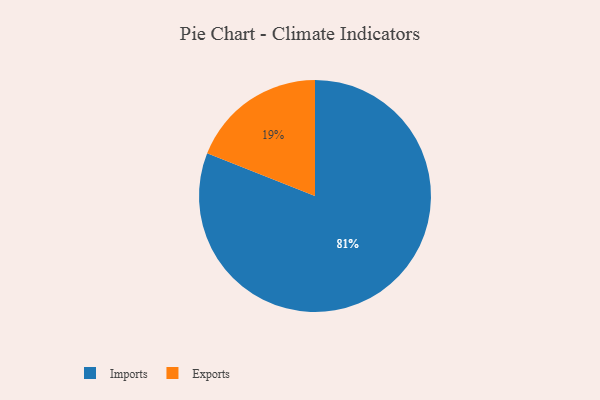
{"axis": {"x": "Category", "y": "Percentage"}, "legend": ["Exports", "Imports"], "data": [{"x": "Imports", "y": 81, "type": "Imports"}, {"x": "Exports", "y": 19, "type": "Exports"}]}